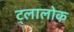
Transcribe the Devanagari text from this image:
ट्लालोक